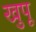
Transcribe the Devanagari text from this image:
खुपू